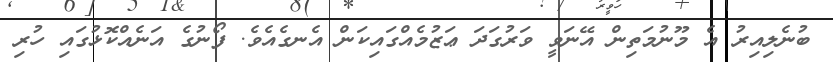
ބުނެލިއިރު އެ މޫނުމަތިން އޭނަވީ ވަރުގަދަ ޢަޒުމެއްގައިކަން އެނގެއެވެ. ފޯނުގެ އަނެއްކޮޅުގައި ހުރި